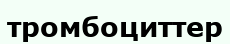
тромбоциттер